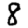
Digit: 8